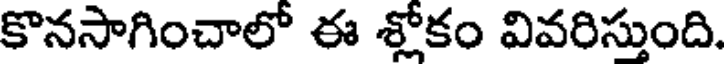
కొనసాగించాలో ఈ శ్లోకం వివరిస్తుంది.